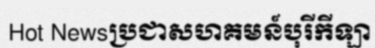
Hot Newsប្រជាសហគមន៍បុរីកីឡា